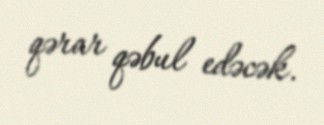
qərar qəbul edəcək.